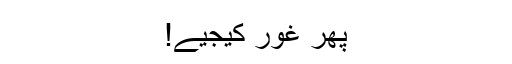
پھر غور کیجیے!